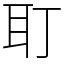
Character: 耵